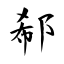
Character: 郗